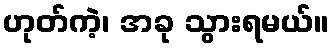
ဟုတ်ကဲ့၊ အခု သွားရမယ်။